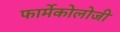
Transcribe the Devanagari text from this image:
फार्मेकोलोजी